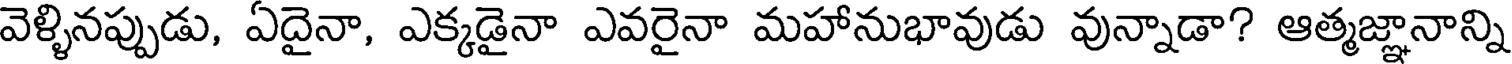
వెళ్ళినప్పుడు, ఏదైనా, ఎక్కడైనా ఎవరైనా మహానుభావుడు వున్నాడా? ఆత్మజ్ఞానాన్ని